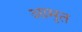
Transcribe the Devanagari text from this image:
आमृत